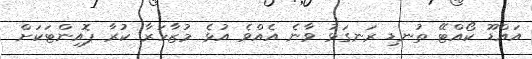
އައްޑޫ ކޯއްޓޭ ތުނޑި ރަނގަޅު ވާނެ އެެއްވެ އުޅެ މުޒާހަރާ ކުރާ ޕޮއިންޓަކަށް